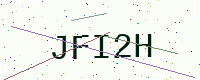
Text: JFI2H